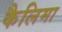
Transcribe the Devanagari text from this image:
कैलिमा